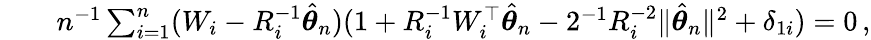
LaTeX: \begin{array}{rlr}&{}&{n^{-1}\sum_{i=1}^{n}(W_{i}-R_{i}^{-1}\hat{{\boldsymbol\theta}}_{n})(1+R_{i}^{-1}W_{i}^{\top}\hat{{\boldsymbol\theta}}_{n}-2^{-1}R_{i}^{-2}\| \hat{{\boldsymbol\theta}}_{n}\| ^{2}+\delta_{1i})=0\, ,}\end{array}